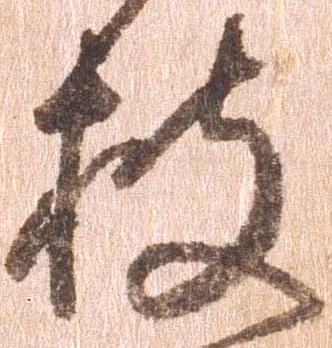
披